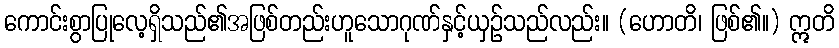
ကောင်းစွာပြုလေ့ရှိသည်၏အဖြစ်တည်းဟူသောဂုဏ်နှင့်ယှဉ်သည်လည်း။ (ဟောတိ၊ ဖြစ်၏။) ဣတိ